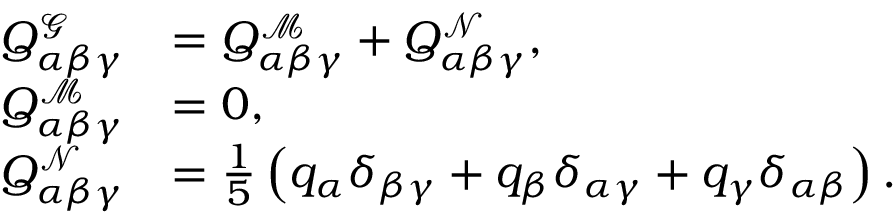
\begin{array} { r l } { Q _ { \alpha \beta \gamma } ^ { \mathcal { G } } } & { = Q _ { \alpha \beta \gamma } ^ { \mathcal { M } } + Q _ { \alpha \beta \gamma } ^ { \mathcal { N } } , } \\ { Q _ { \alpha \beta \gamma } ^ { \mathcal { M } } } & { = 0 , } \\ { Q _ { \alpha \beta \gamma } ^ { \mathcal { N } } } & { = \frac { 1 } { 5 } \left( q _ { \alpha } \delta _ { \beta \gamma } + q _ { \beta } \delta _ { \alpha \gamma } + q _ { \gamma } \delta _ { \alpha \beta } \right) . } \end{array}